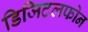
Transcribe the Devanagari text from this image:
डिजिटलफोन